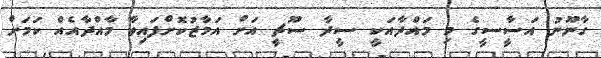
ގާނޫނު އަސީާސީގެ މި މައްދާއަކީ ސީދާ ސޫޗީ އަށް އަމާޒުކޮށްފައިވާ މާއްދާއެއް ކަމަށް